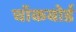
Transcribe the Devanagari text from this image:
चॉकबोर्ड